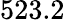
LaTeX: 523.2